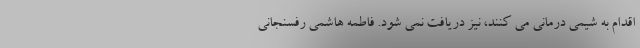
اقدام به شیمی درمانی می کنند، نیز دریافت نمی شود. فاطمه هاشمی رفسنجانی